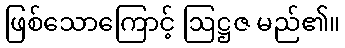
ဖြစ်သောကြောင့် ဩဋ္ဌဇ မည်၏။